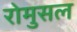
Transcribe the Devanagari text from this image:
रोमुसल